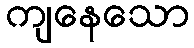
ကျနေသော